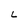
Character: L